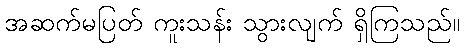
အဆက်မပြတ် ကူးသန်း သွားလျက် ရှိကြသည်။